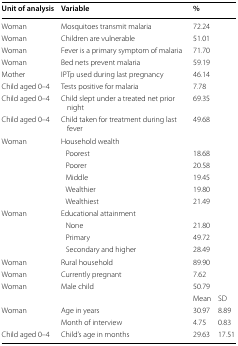
<table><thead><tr><td><b>Unit of analysis</b></td><td><b>Variable</b></td><td><b>%</b></td><td></td></tr></thead><tbody><tr><td>Woman</td><td>Mosquitoes transmit malaria</td><td>72.24</td><td></td></tr><tr><td>Woman</td><td>Children are vulnerable</td><td>51.01</td><td></td></tr><tr><td>Woman</td><td>Fever is a primary symptom of malaria</td><td>71.70</td><td></td></tr><tr><td>Woman</td><td>Bed nets prevent malaria</td><td>59.19</td><td></td></tr><tr><td>Mother</td><td>IPTp used during last pregnancy</td><td>46.14</td><td></td></tr><tr><td>Child aged 0–4</td><td>Tests positive for malaria</td><td>7.78</td><td></td></tr><tr><td>Child aged 0–4</td><td>Child slept under a treated net prior night</td><td>69.35</td><td></td></tr><tr><td>Child aged 0–4</td><td>Child taken for treatment during last fever</td><td>49.68</td><td></td></tr><tr><td rowspan="6">Woman</td><td colspan="3">Household wealth</td></tr><tr><td> Poorest</td><td>18.68</td><td></td></tr><tr><td> Poorer</td><td>20.58</td><td></td></tr><tr><td> Middle</td><td>19.45</td><td></td></tr><tr><td> Wealthier</td><td>19.80</td><td></td></tr><tr><td> Wealthiest</td><td>21.49</td><td></td></tr><tr><td rowspan="4">Woman</td><td colspan="3">Educational attainment</td></tr><tr><td> None</td><td>21.80</td><td></td></tr><tr><td> Primary</td><td>49.72</td><td></td></tr><tr><td> Secondary and higher</td><td>28.49</td><td></td></tr><tr><td>Woman</td><td>Rural household</td><td>89.90</td><td></td></tr><tr><td>Woman</td><td>Currently pregnant</td><td>7.62</td><td></td></tr><tr><td>Woman</td><td>Male child</td><td>50.79</td><td></td></tr><tr><td></td><td></td><td>Mean</td><td>SD</td></tr><tr><td>Woman</td><td>Age in years</td><td>30.97</td><td>8.89</td></tr><tr><td></td><td>Month of interview</td><td>4.75</td><td>0.83</td></tr><tr><td>Child aged 0–4</td><td>Child’s age in months</td><td>29.63</td><td>17.51</td></tr></tbody></table>